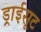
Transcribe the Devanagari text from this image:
ड्राईसूट